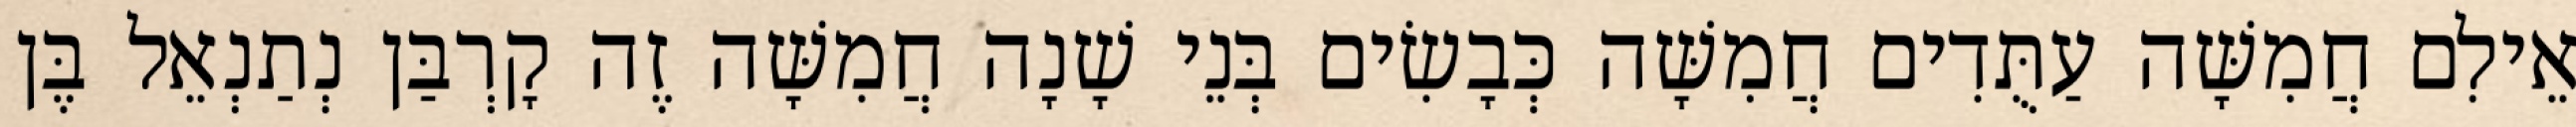
אֵילִם חֲמִשָּׁה עַתֻּדִים חֲמִשָּׁה כְּבָשִׂים בְּנֵי שָׁנָה חֲמִשָּׁה זֶה קָרְבַּן נְתַנְאֵל בֶּן